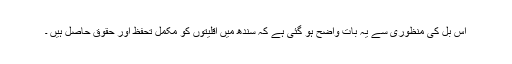
اس بل کی منظوری سے یہ بات واضح ہو گئی ہے کہ سندھ میں اقلیتوں کو مکمل تحفظ اور حقوق حاصل ہیں ۔